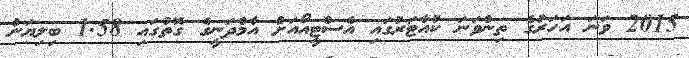
2015 ވަނަ އަހަރުގެ ތިންވަނަ ކުއާޓަރުގައި އެސްޓީއޯއަށް އާމްދަނީގެ ގޮތުގައި 1.58 ބިލިޔަން